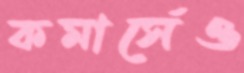
কমার্সেও